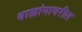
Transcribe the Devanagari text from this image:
बाह्यांगावरील